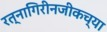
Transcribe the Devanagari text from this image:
रत्नागिरीनजीकच्या